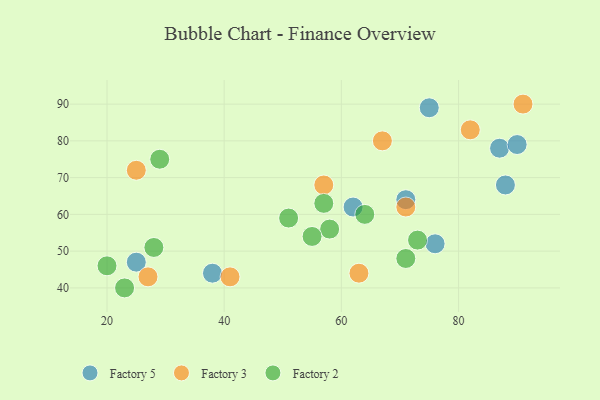
{"axis": {"x": "GDP", "y": "Life Expectancy"}, "legend": ["Factory 2", "Factory 3", "Factory 5"], "data": [{"x": "25", "y": 47, "type": "Factory 5"}, {"x": "76", "y": 52, "type": "Factory 5"}, {"x": "38", "y": 44, "type": "Factory 5"}, {"x": "87", "y": 78, "type": "Factory 5"}, {"x": "88", "y": 68, "type": "Factory 5"}, {"x": "90", "y": 79, "type": "Factory 5"}, {"x": "75", "y": 89, "type": "Factory 5"}, {"x": "62", "y": 62, "type": "Factory 5"}, {"x": "71", "y": 64, "type": "Factory 5"}, {"x": "63", "y": 44, "type": "Factory 3"}, {"x": "67", "y": 80, "type": "Factory 3"}, {"x": "71", "y": 62, "type": "Factory 3"}, {"x": "41", "y": 43, "type": "Factory 3"}, {"x": "27", "y": 43, "type": "Factory 3"}, {"x": "91", "y": 90, "type": "Factory 3"}, {"x": "82", "y": 83, "type": "Factory 3"}, {"x": "57", "y": 68, "type": "Factory 3"}, {"x": "25", "y": 72, "type": "Factory 3"}, {"x": "71", "y": 48, "type": "Factory 2"}, {"x": "28", "y": 51, "type": "Factory 2"}, {"x": "29", "y": 75, "type": "Factory 2"}, {"x": "51", "y": 59, "type": "Factory 2"}, {"x": "20", "y": 46, "type": "Factory 2"}, {"x": "73", "y": 53, "type": "Factory 2"}, {"x": "58", "y": 56, "type": "Factory 2"}, {"x": "55", "y": 54, "type": "Factory 2"}, {"x": "57", "y": 63, "type": "Factory 2"}, {"x": "64", "y": 60, "type": "Factory 2"}, {"x": "23", "y": 40, "type": "Factory 2"}]}